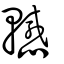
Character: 轗